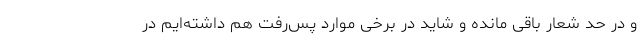
و در حد شعار باقی مانده و شاید در برخی موارد پس‌رفت هم داشته‌ایم در